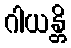
ဂါယန္တိ